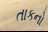
તાકનો